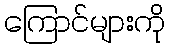
ကြောင်များကို